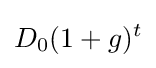
D_{0}(1+g)^{t}